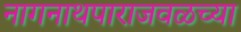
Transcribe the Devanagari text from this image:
नागनाथपाराजवळच्या